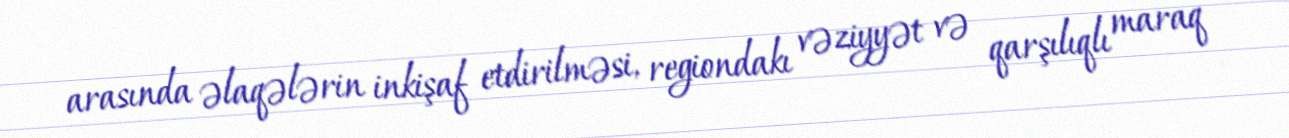
arasında əlaqələrin inkişaf etdirilməsi, regiondakı vəziyyət və qarşılıqlı maraq